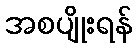
အစပျိုးရန်